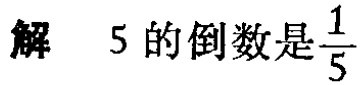
解 \(5\) 的倒数是 \(\frac{1}{5}\)